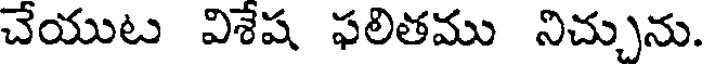
చేయుట విశేష ఫలితము నిచ్చును.